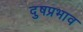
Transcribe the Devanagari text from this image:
दुषप्रभाव